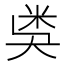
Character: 𥸸